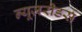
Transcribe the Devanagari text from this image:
न्यूज़रीडर्स